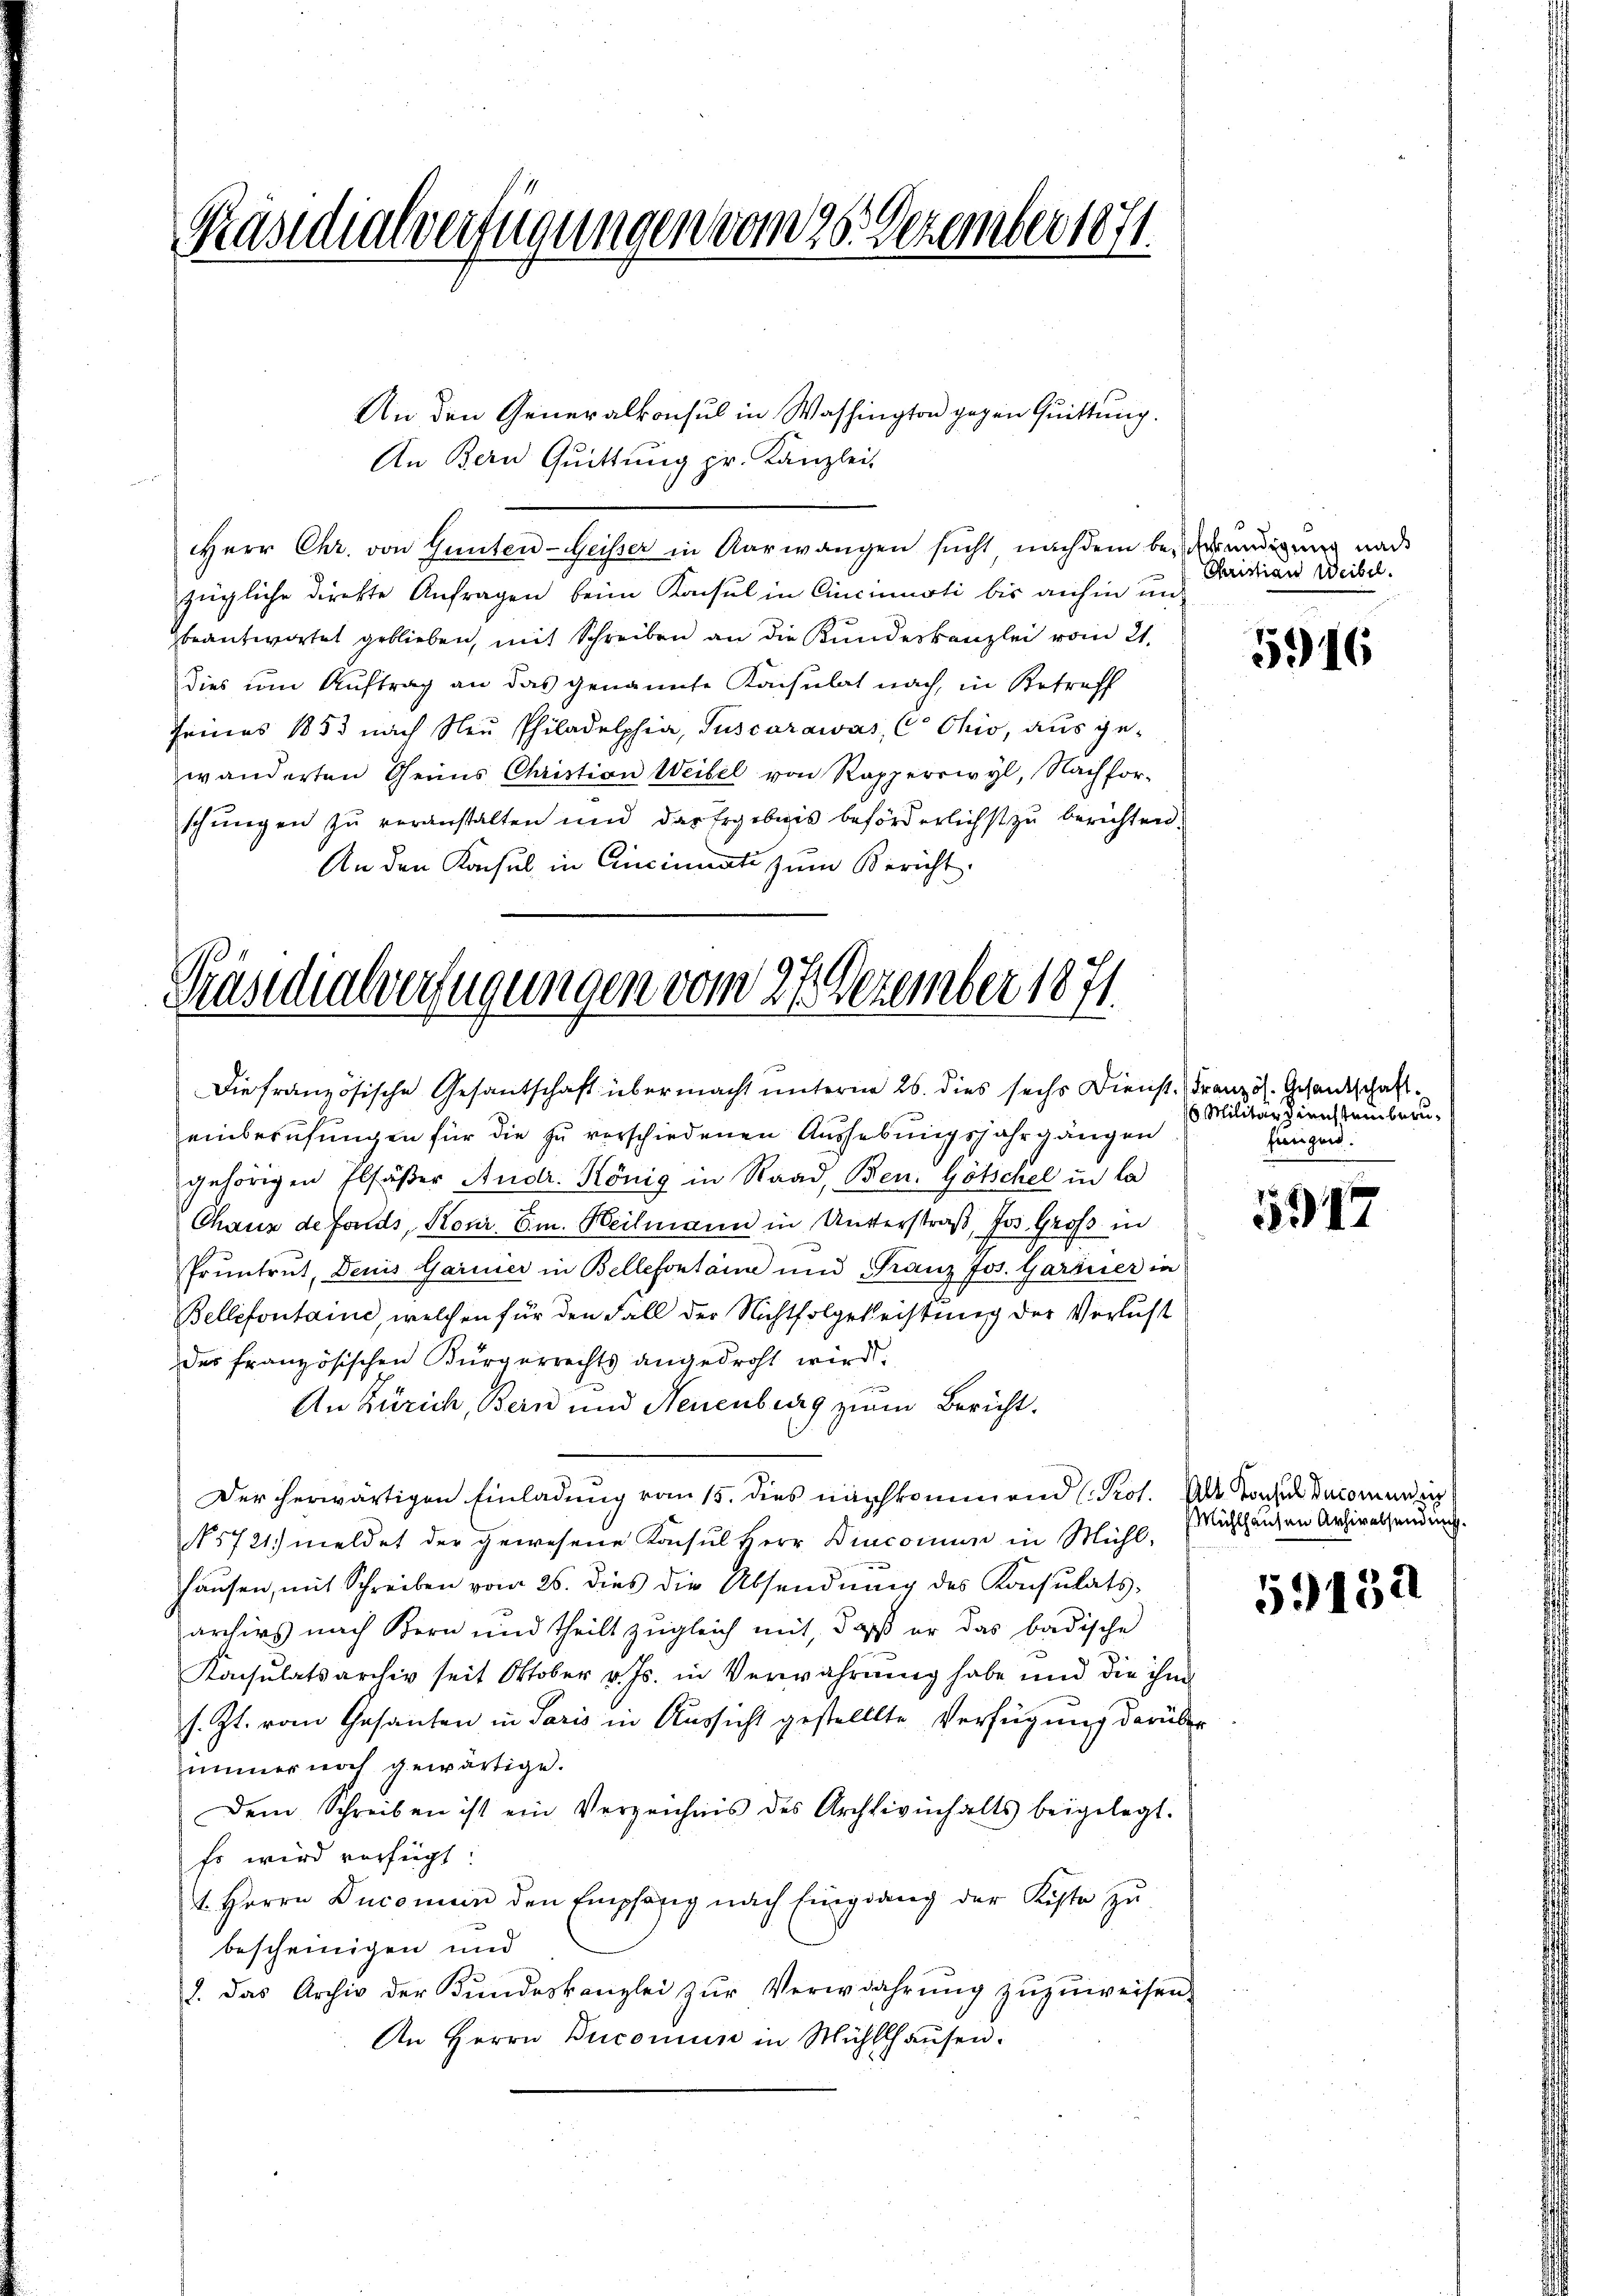
Präsidialverfügungen vom 26. Dezember 1871.

An Bern Quittung pr. Kanzlei-
Herr Chr. von Gunten-Geisser in Aarwangen sucht nachdem beendigung nach
zügliche direkte Anfragen beim Konsul in Cincinuati bis anhin un
beantwortet geblieben, mit Schreiben an die Kundeskanzlei vom 21.
dies um Auftrag an das genannte Konsulat nach, in Betreff
Feines 1853 nach Neŭ Philadelphia, Tuscarawas, C Ohio, aus ge-
wänderten Oheims Christian Weibel von Rapperswyl, Nachfor-
schŭngen zu veranstalten und das Ergebnis beförderlichst zŭ berichten.
An den Konsul in Cincinuate zum Bericht.

An den Generalkonsul in Washington gegen Quittung.

Präsidialverfügungen vom 27. Dezember 1871
Die französische Gesantschaft übermacht unterm 26. dies sechs Dienst. Französ. Gesandschaft

Christians Weibel.

einberufungen für die zu verschiedenen Aussebungsjahrgängen
gehörigen Elsäβer Andr. König in Staad, Ben. Götschel in la
Chaux de fonds, Konr. Em. Heilmann in Unterstraß, Jos. Groß in
Pruntrut, Denis Garnier in Bellefontaire und Franz Jos. Gartner in
Bellefontaine, welchen für den Fall der Nichtsfolgeleistung der Verlust
des französischen Bürgerrechts angedroht wird.
An Zürich, Bern und Neuenburg zum Bericht.
Der herwärtigen Einladung vom 15. dies nachkommend (Prot. Als Jochus Decomenden
N 5721) meldet der gewesene Konsul Herr Dinconium in Mühlhausen, mit Schreiben vom 26. dies die Absendung des Konsulatsarchivs nach Bern und theilt zugleich mit, daß er das badische
Konsulatsarchiv seit Oktober v. Js. in Verwahrung habe und die ihm
s. Zt. vom Gesanten in Paris in Aussicht gestellte Verfügung darüber
immer noch gewärtige.
Dem Schreiben ist ein Verzeichnis des Archivinhalts beigelegt.
Es wird verfügt:
t. Herrn Ducomein den Empfang nach Eingang der Kiste zŭ
bescheinigen und
2. das Archiv der Bŭndeskanzlei zŭr Verwahrŭng zŭzŭweisen.
An Herrn Buconus in Mühlhaŭsen.

5916

6 Militar Diensteinberufengen.

5317

Mühlhausen Archivabsendung.

59432